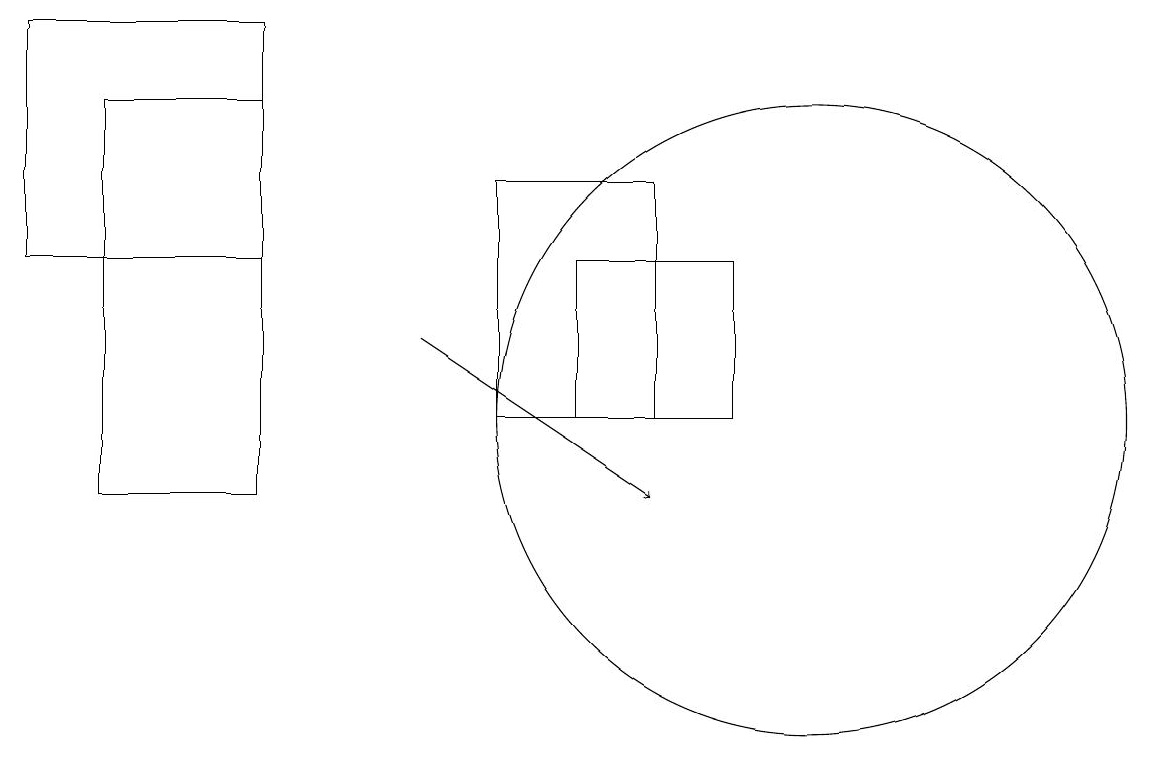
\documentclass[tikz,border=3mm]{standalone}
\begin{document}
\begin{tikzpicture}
\draw (9,12) rectangle (7,14);
\draw (8,15) rectangle (6,12);
\draw[->] (5,13) -- (8,11);
\draw (1,16) rectangle (3,11);
\draw (0,17) rectangle (3,14);
\draw (10,12) circle (4);
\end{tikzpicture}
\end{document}